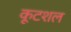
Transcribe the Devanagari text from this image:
कूटशल